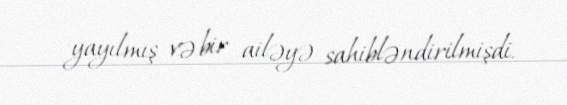
yayılmış və bir ailəyə sahibləndirilmişdi.